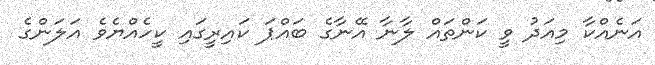
އަނެއްކާ މިއަދު ވީ ކަންތައް ލާނާ އޭނާގެ ބައްޕަ ކައިރީގައި ކީހެއްޔެވެ އަލަންގެ